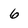
Character: 6